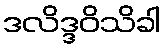
ဒလိဒ္ဒဝိသိခါ